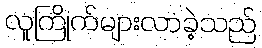
လူကြိုက်များလာခဲ့သည်